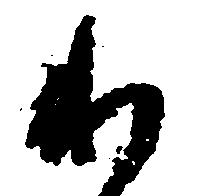
わ